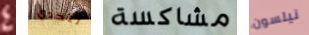
4 لتحدي مشاكسة نيلسون